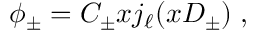
\begin{array} { r } { \phi _ { \pm } = C _ { \pm } x j _ { \ell } ( x D _ { \pm } ) \; , } \end{array}